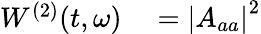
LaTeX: \begin{array}{rl}{W^{(2)}(t,\omega)}&{{}=\left|A_{aa}\right|^{2}}\end{array}